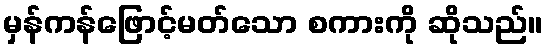
မှန်ကန်ဖြောင့်မတ်သော စကားကို ဆိုသည်။